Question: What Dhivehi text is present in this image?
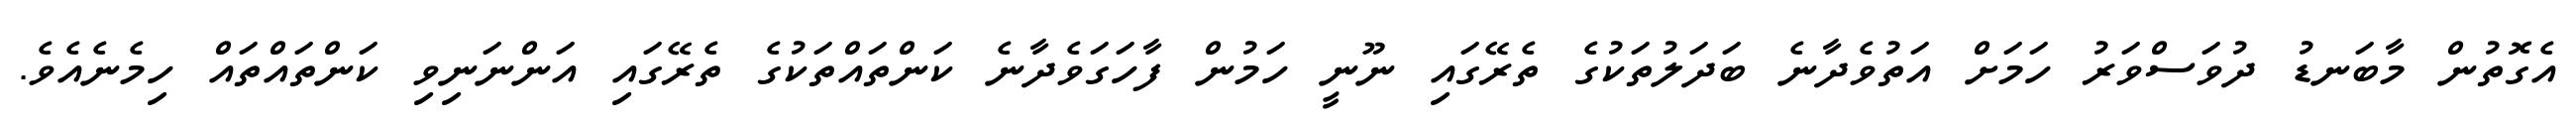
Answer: އެގޮތުން މާބަނޑު ދުވަސްވަރު ހަމަށް އަތުވެދާނެ ބަދަލުތަކުގެ ތެރޭގައި ނޫނީ ހަމުން ފާހަގަވެދާނެ ކަންތައްތަކުގެ ތެރޭގައި އަންނަނިވި ކަންތައްތައް ހިމެނެއެވެ.